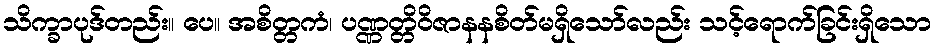
သိက္ခာပုဒ်တည်း။ ပေ။ အစိတ္တကံ၊ ပဏ္ဏတ္တိဝိဇာနနစိတ်မရှိသော်လည်း သင့်ရောက်ခြင်းရှိသော